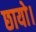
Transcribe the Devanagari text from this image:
छायो।